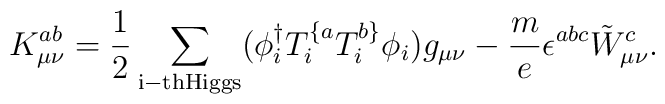
K^{ab}_{\mu\nu} = \frac{1}{2}   \sum_{\rm i-th Higgs}(\phi^{\dag}_{i} T^{\{ a}_{i}  T^{b \}}_{i} \phi_{i}) g_{\mu\nu} - \frac{m}{e}\epsilon^{abc} \tilde{W}^{c}_{\mu\nu} .